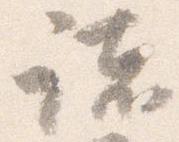
諸